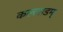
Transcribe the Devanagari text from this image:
कल्लाडम्